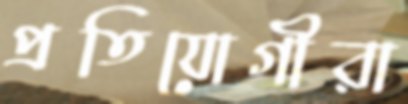
প্রতিযোগীরা